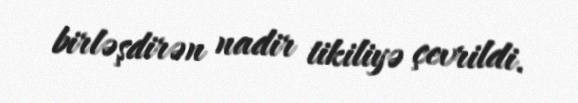
birləşdirən nadir tikiliyə çevrildi.